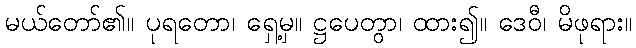
မယ်တော်၏။ ပုရတော၊ ရှေ့မှ။ ဋ္ဌပေတွာ၊ ထား၍။ ဒေဝီ၊ မိဖုရား။